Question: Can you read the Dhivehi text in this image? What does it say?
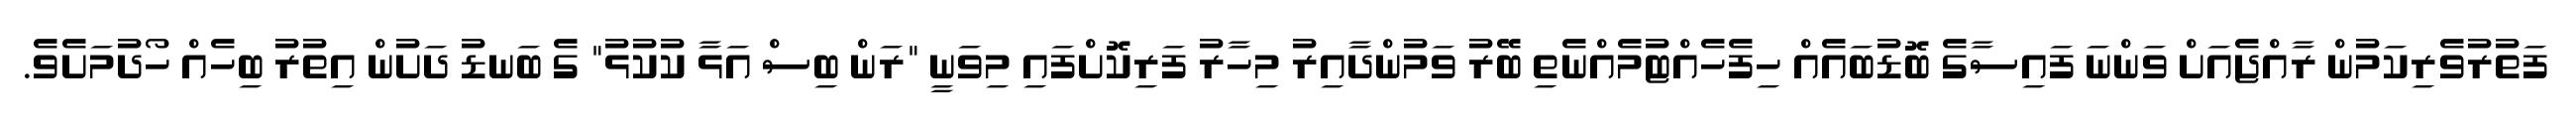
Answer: ފަތުރުވެރިކަމުން ރާއްޖެއަށް ވަންނަ ފައިސާގެ ބޮޑުބައެއް ހިފެހެއްޓުމެއްނެތި ބޭރު ވަމުންދާއިރު މިހާރު ފަރިކޮށްފައި މިވަނީ "ރަން ބިސް އަޅާ ކުކުޅު" ގެ ބަނޑު ދަށުން އިތުރު ބިހެއް ހޯދުމަށެވެ.